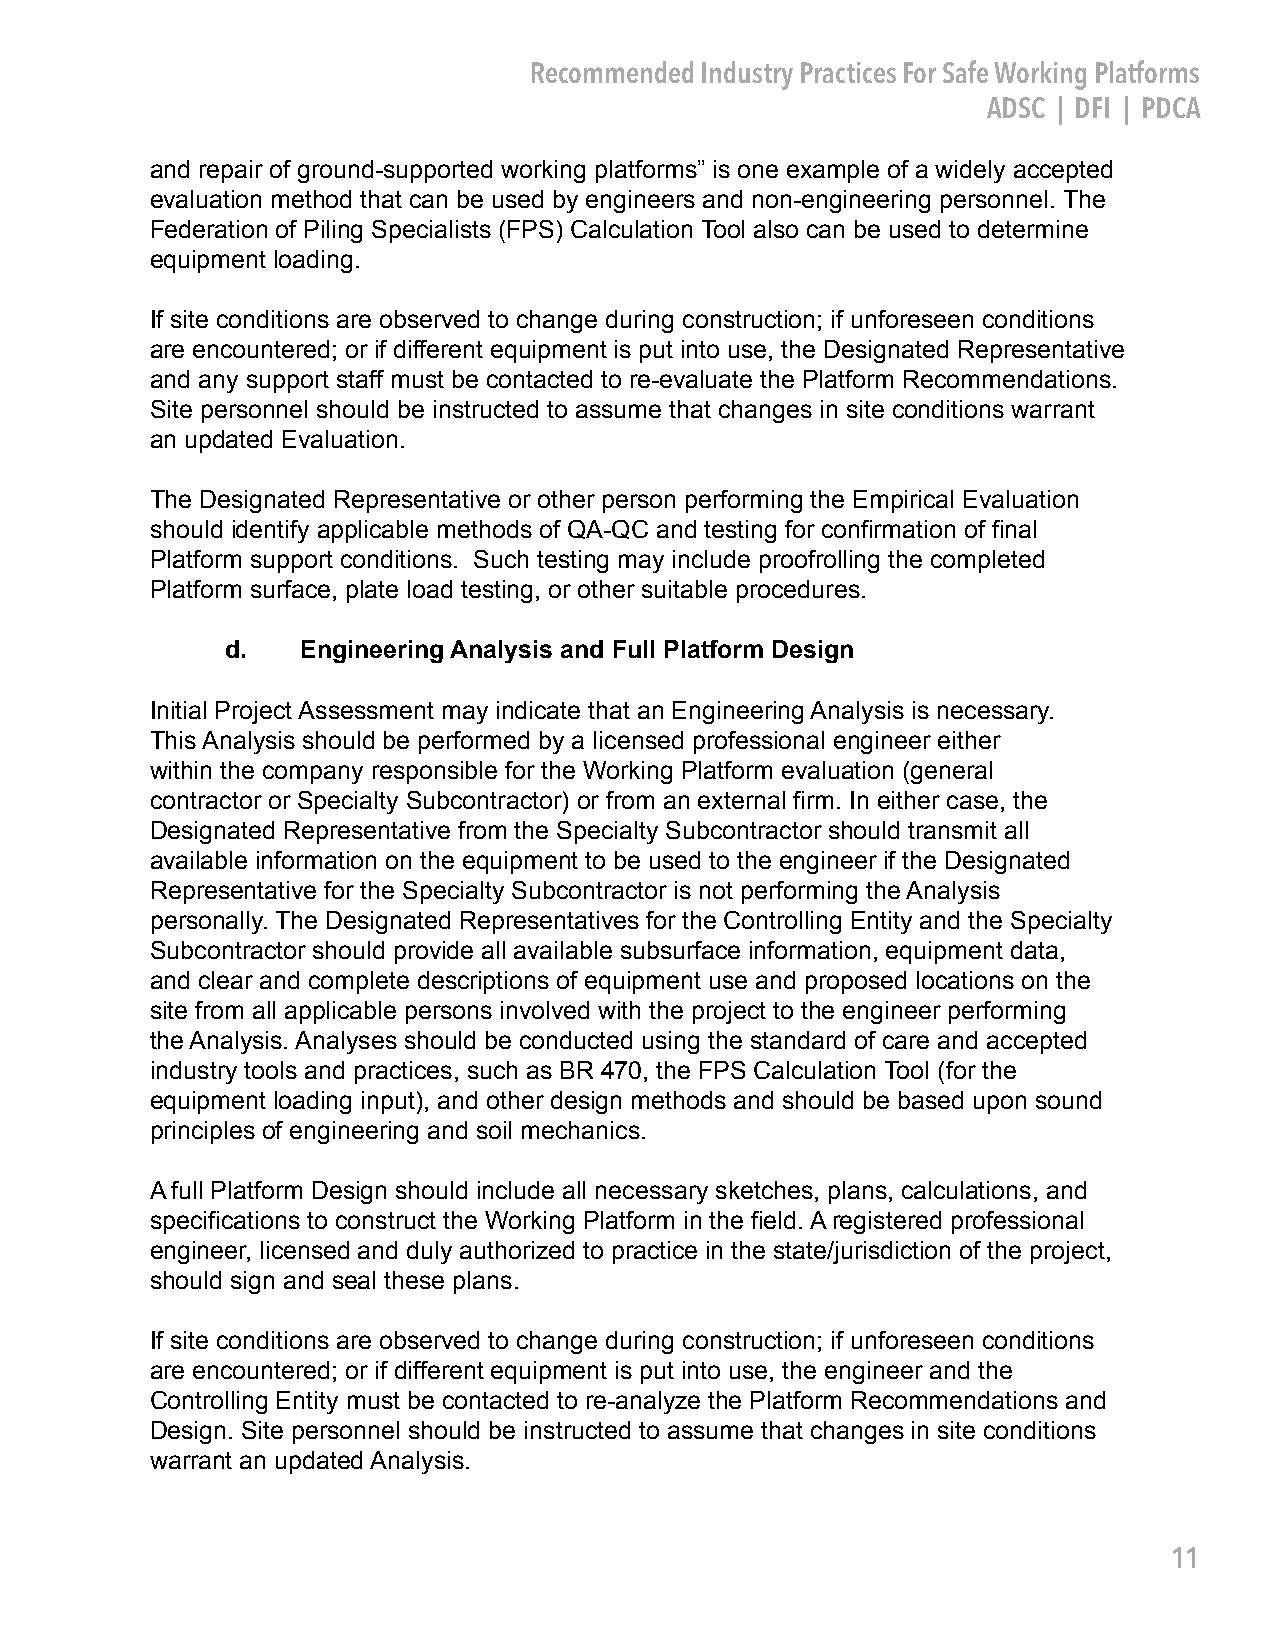
Recommended Industry Practices For Safe Working Platforms
 ADSC | DFI | PDCA
 and repair of ground-supported working platforms” is one example of a widely accepted
 evaluation method that can be used by engineers and non-engineering personnel. The
 Federation of Piling Specialists (FPS) Calculation Tool also can be used to determine
 equipment loading.
 If site conditions are observed to change during construction; if unforeseen conditions
 are encountered; or if different equipment is put into use, the Designated Representative
 and any support staff must be contacted to re-evaluate the Platform Recommendations.
 Site personnel should be instructed to assume that changes in site conditions warrant
 an updated Evaluation.
 The Designated Representative or other person performing the Empirical Evaluation
 should identify applicable methods of QA-QC and testing for confirmation of final
 Platform support conditions. Such testing may include proofrolling the completed
 Platform surface, plate load testing, or other suitable procedures.
 d.   Engineering Analysis and Full Platform Design
 Initial Project Assessment may indicate that an Engineering Analysis is necessary.
 This Analysis should be performed by a licensed professional engineer either
 within the company responsible for the Working Platform evaluation (general
 contractor or Specialty Subcontractor) or from an external firm. In either case, the
 Designated Representative from the Specialty Subcontractor should transmit all
 available information on the equipment to be used to the engineer if the Designated
 Representative for the Specialty Subcontractor is not performing the Analysis
 personally. The Designated Representatives for the Controlling Entity and the Specialty
 Subcontractor should provide all available subsurface information, equipment data,
 and clear and complete descriptions of equipment use and proposed locations on the
 site from all applicable persons involved with the project to the engineer performing
 the Analysis. Analyses should be conducted using the standard of care and accepted
 industry tools and practices, such as BR 470, the FPS Calculation Tool (for the
 equipment loading input), and other design methods and should be based upon sound
 principles of engineering and soil mechanics.
 A full Platform Design should include all necessary sketches, plans, calculations, and
 specifications to construct the Working Platform in the field. A registered professional
 engineer, licensed and duly authorized to practice in the state/jurisdiction of the project,
 should sign and seal these plans.
 If site conditions are observed to change during construction; if unforeseen conditions
 are encountered; or if different equipment is put into use, the engineer and the
 Controlling Entity must be contacted to re-analyze the Platform Recommendations and
 Design. Site personnel should be instructed to assume that changes in site conditions
 warrant an updated Analysis.
 11